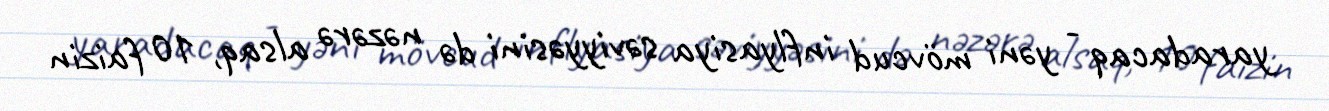
yaradacaq - yəni mövcud inflyasiya səviyyəsini də nəzərə alsaq, 10 faizin